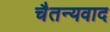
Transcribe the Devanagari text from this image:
चैतन्यवाद